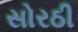
સોરઠી